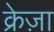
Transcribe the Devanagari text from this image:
क्रेज़ा